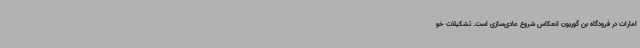
امارات در فرودگاه بن گوریون انعکاس شروع عادی‌سازی است. تشکیلات خو